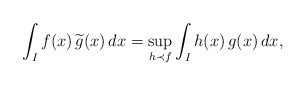
\begin{align*} \int_{I} f(x)\, \widetilde{g}(x) \,dx = \sup_{h \prec f} \int_{I}h(x) \,g(x) \,dx,\end{align*}